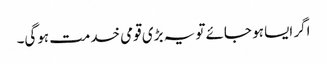
اگر ایسا ہو جائے تو یہ بڑی قومی خدمت ہوگی۔